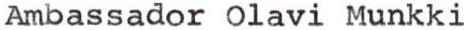
Ambassador Olavi Munkki